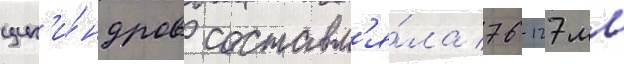
цил'и́ндров составл'я́ла 76-127 мм